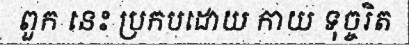
ពួក នេះ ប្រកបដោយ កាយ ទុច្ចរិត